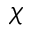
\chi